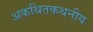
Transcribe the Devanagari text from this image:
अकथितकथनीय